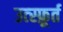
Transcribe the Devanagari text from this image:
उत्स्फ़ूर्त